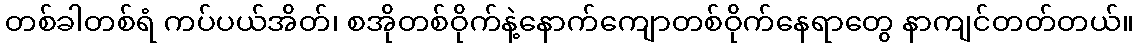
တစ်ခါတစ်ရံ ကပ်ပယ်အိတ်၊ စအိုတစ်ဝိုက်နဲ့နောက်ကျောတစ်ဝိုက်နေရာတွေ နာကျင်တတ်တယ်။